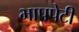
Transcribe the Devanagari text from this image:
भापपेटी